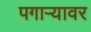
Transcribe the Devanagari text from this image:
पगाऱ्यावर